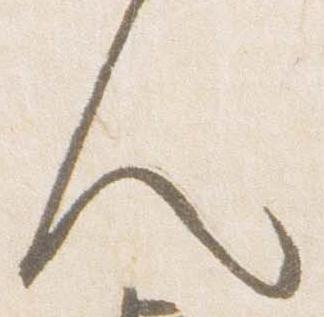
人